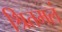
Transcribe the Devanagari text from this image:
श्रितमलं